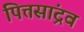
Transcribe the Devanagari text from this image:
पित्तसांद्रव